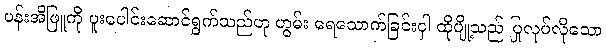
ပန်းအိဖြူကို ပူးပေါင်းဆောင်ရွက်သည်ဟု ဟွမ်း ရေသောက်ခြင်းငှါ ထိုပျို့သည် ပြုလုပ်လိုသော